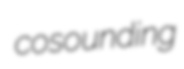
cosounding